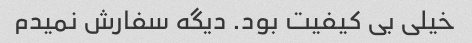
خیلی بی کیفیت بود. دیگه سفارش نمیدم